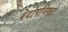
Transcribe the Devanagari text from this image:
वेदोपनिषदे